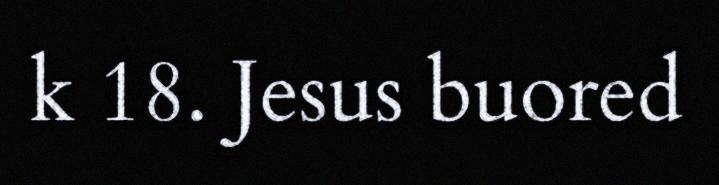
k 18. Jesus buored